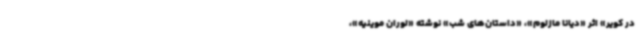
در کویر» اثر «دیانا مازلوم»، «داستان‌های شب» نوشته «لوران موینیه»،